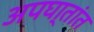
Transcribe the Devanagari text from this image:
अपघा्तांत